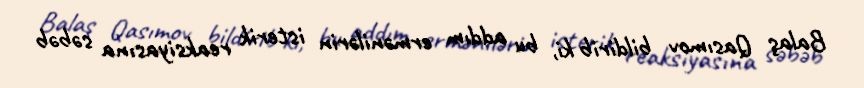
Balaş Qasımov bildirib ki, bu addım ermənilərin isterik reaksiyasına səbəb